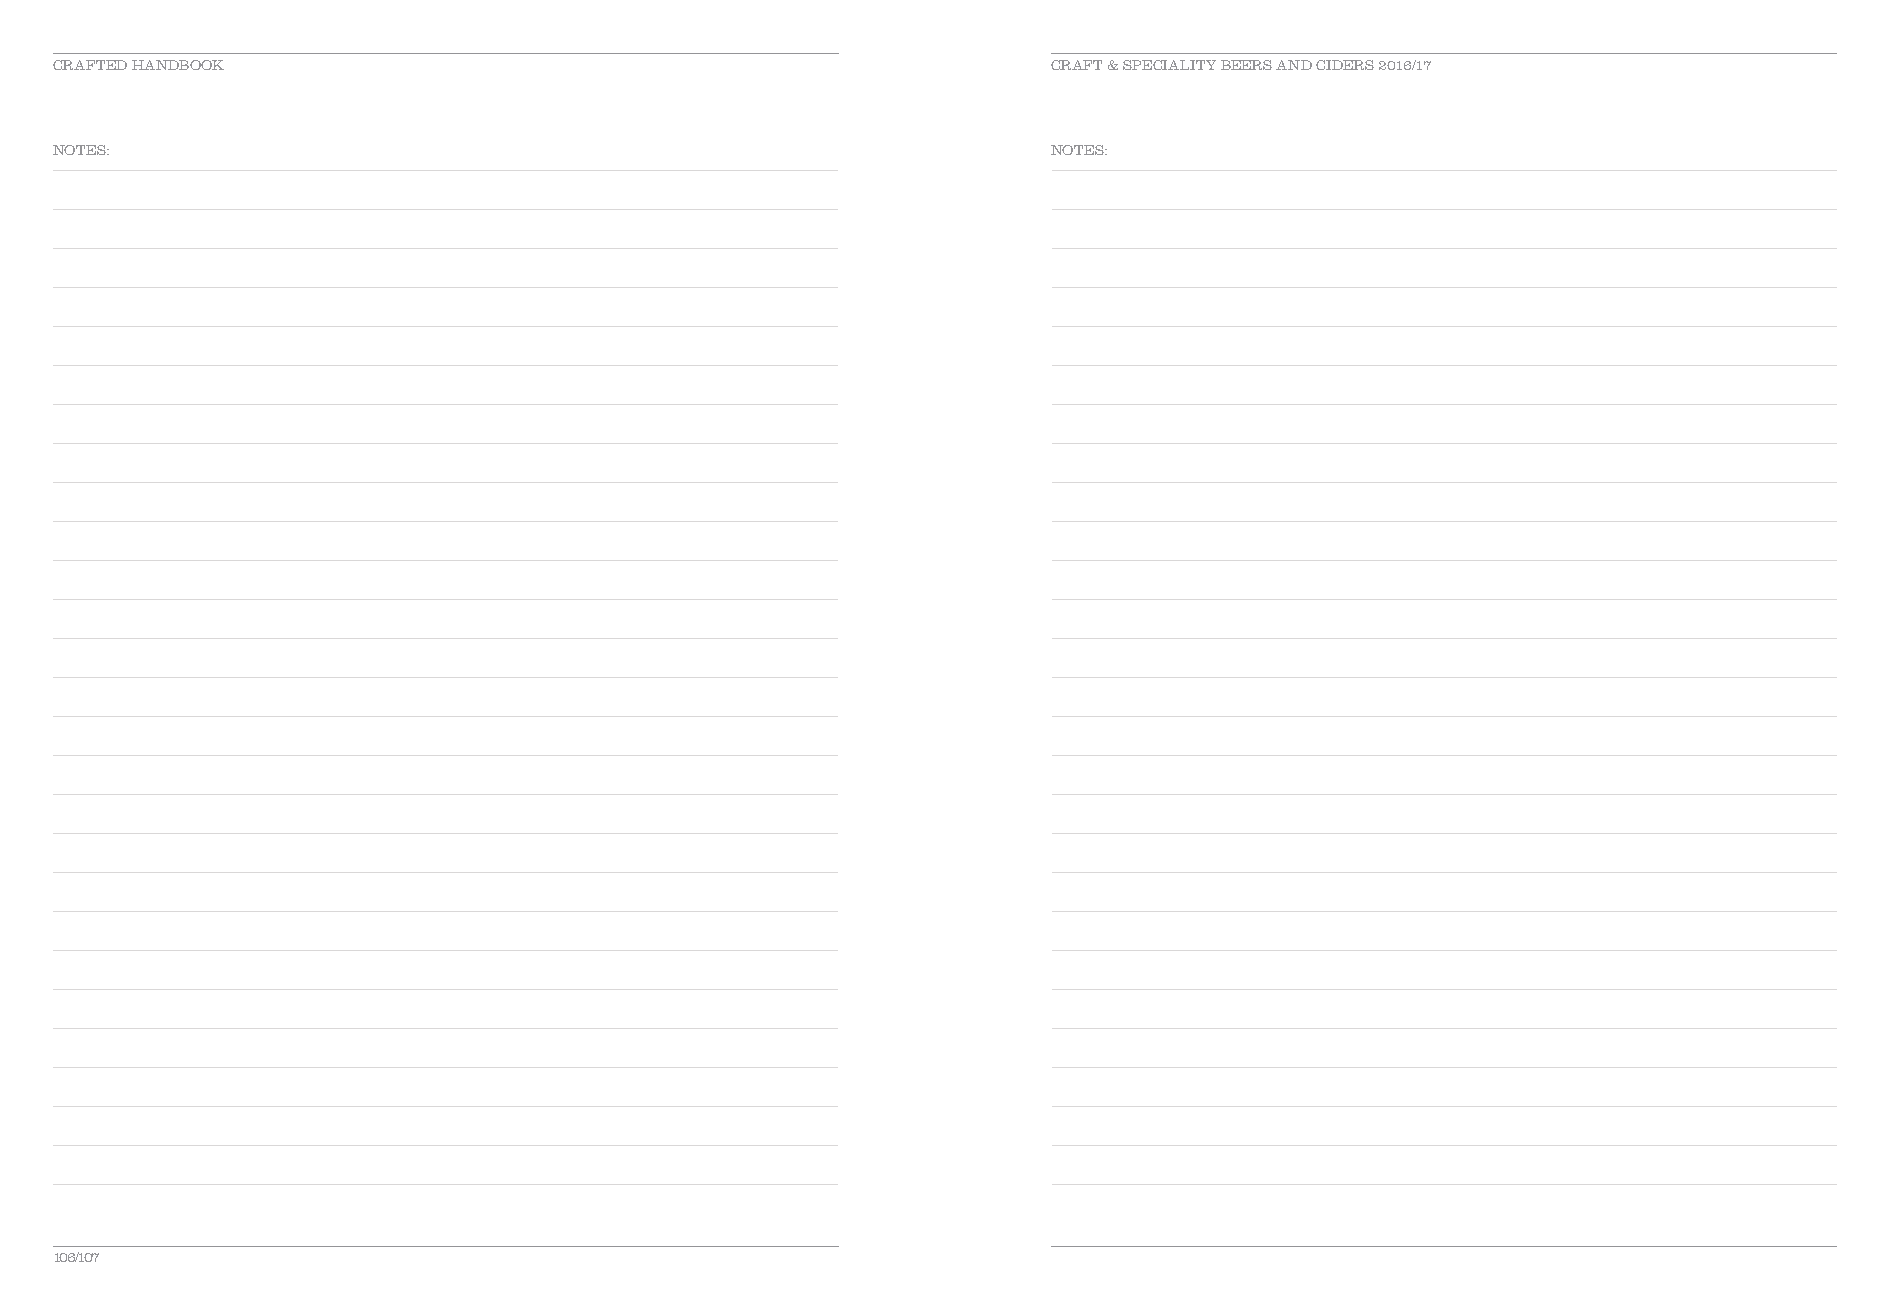
CRAFTED HANDBOOK                                                  CRAFT & SPECIALITY BEERS AND CIDERS 2016/17
 NOTES:                                                            NOTES:
 106/107